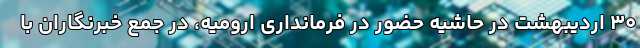
۳۰ اردیبهشت در حاشیه حضور در فرمانداری ارومیه، در جمع خبرنگاران با